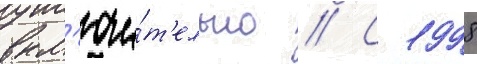
вкл'ючи́т'ельно // С 1998